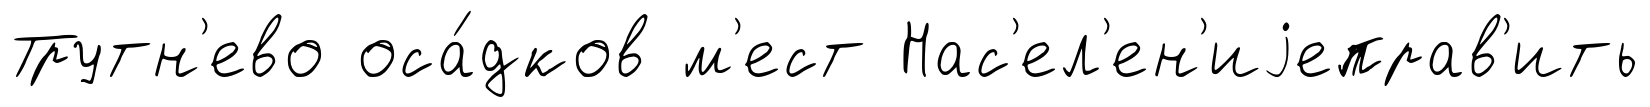
Трутн'ево оса́дков м'ест Нас'ел'ен'иjеправ'ить